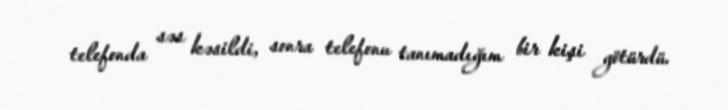
telefonda səs kəsildi, sonra telefonu tanımadığım bir kişi götürdü.